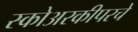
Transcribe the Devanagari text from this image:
स्कोअरकीपरचे